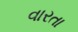
વારતા